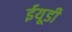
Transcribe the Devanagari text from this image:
ईयूडी